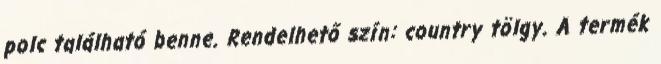
polc található benne. Rendelhető szín: country tölgy. A termék